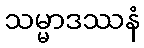
သမ္မာဒဿနံ